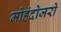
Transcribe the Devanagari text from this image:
मोहंदोजरो